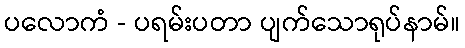
ပလောကံ - ပရမ်းပတာ ပျက်သောရုပ်နာမ်။